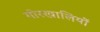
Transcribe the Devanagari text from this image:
गोरखालियों